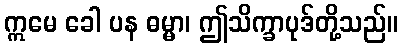
ဣမေ ခေါ ပန ဓမ္မာ၊ ဤသိက္ခာပုဒ်တို့သည်။